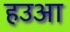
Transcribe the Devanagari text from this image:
हउआ